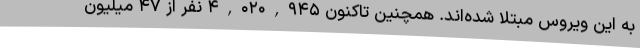
به این ویروس مبتلا شده‌اند. همچنین تاکنون ۴,۰۲۰,۹۴۵ نفر از ۴۷ میلیون